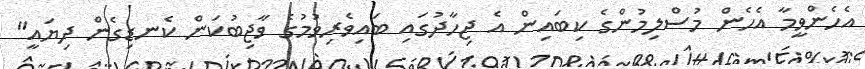
އެހެންވީމާ އެހެން މުސްލިމުންގެ ކިބައިން އެ ޖިހާދުގައި ބައިވެރިވުމުގެ ވާޖިބުކަން ކެނޑިގެން ދިޔައީ"